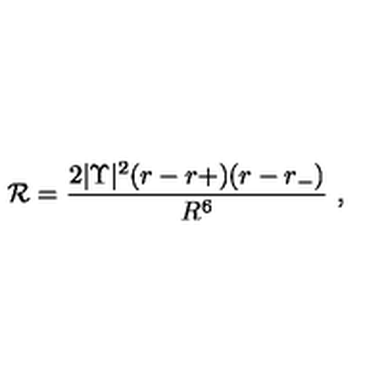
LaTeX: { \cal R } = \frac { 2 | \Upsilon | ^ { 2 } ( r - r + ) ( r - r _ { - } ) } { R ^ { 6 } } \ ,